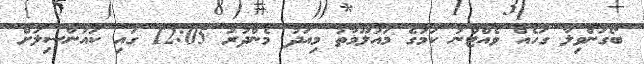
ބޯގަންވިލާ ގަހެއް ވެއްޓުނު ކަމުގެ މައުލޫމާތު މިއަދު މެންދުރު 12:05 ގައި ކައުންސިލަށް